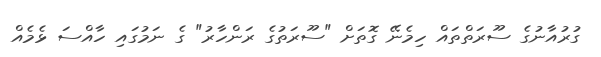
ގުރުއާނުގެ ސޫރަތްތައް ހިމެނޭ ގޮތަށް "ސޫރަތުގެ ރަންހާރު" ގެ ނަމުގައި ހާއްސަ ޅެމެއް